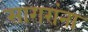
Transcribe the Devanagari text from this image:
सागरांना